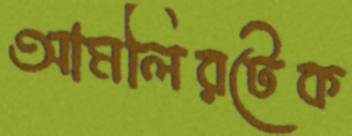
আমলিরটেক